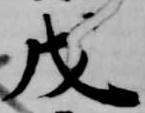
戊